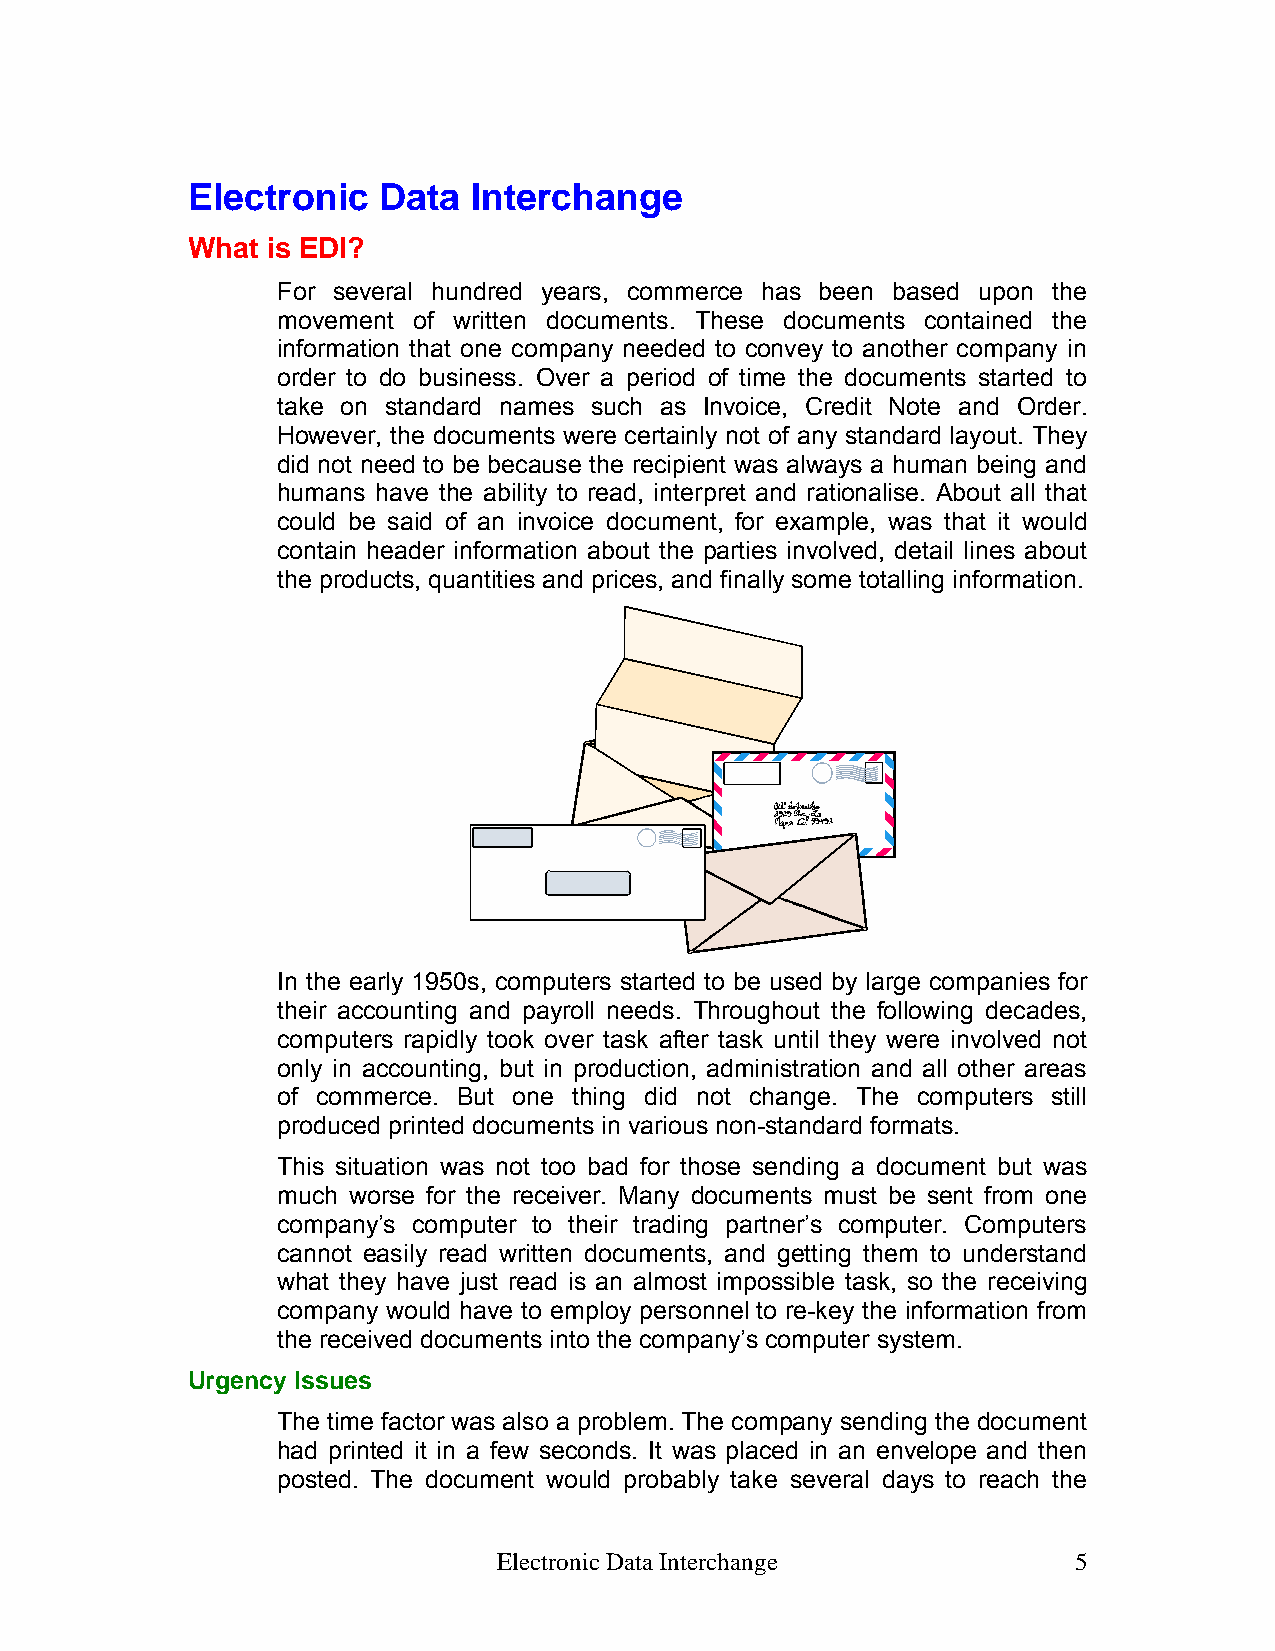
Electronic   Data  Interchange
 What  is EDI?
 For several hundred years, commerce has been based upon the
 movement of written documents. These documents contained the
 information that one company needed to convey to another company in
 order to do business. Over a period of time the documents started to
 take on standard names such as Invoice, Credit Note and Order.
 However, the documents were certainly not of any standard layout. They
 did not need to be because the recipient was always a human being and
 humans have the ability to read, interpret and rationalise. About all that
 could be said of an invoice document, for example, was that it would
 contain header information about the parties involved, detail lines about
 the products, quantities and prices, and finally some totalling information.
 In the early 1950s, computers started to be used by large companies for
 their accounting and payroll needs. Throughout the following decades,
 computers rapidly took over task after task until they were involved not
 only in accounting, but in production, administration and all other areas
 of commerce. But one thing did not change. The computers still
 produced printed documents in various non-standard formats.
 This situation was not too bad for those sending a document but was
 much worse for the receiver. Many documents must be sent from one
 company’s computer to their trading partner’s computer. Computers
 cannot easily read written documents, and getting them to understand
 what they have just read is an almost impossible task, so the receiving
 company would have to employ personnel to re-key the information from
 the received documents into the company’s computer system.
 Urgency Issues
 The time factor was also a problem. The company sending the document
 had printed it in a few seconds. It was placed in an envelope and then
 posted. The document would probably take several days to reach the
 Electronic Data Interchange           5